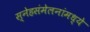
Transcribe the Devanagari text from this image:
स्नेहसंमेलनांमध्ये